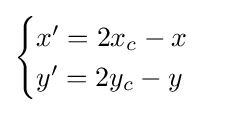
{\begin{cases}x'=2x_{c}-x\\y'=2y_{c}-y\end{cases}}